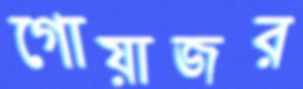
গোয়াজর